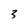
Character: 3